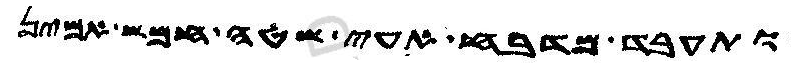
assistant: ותעבד מדבח עאי שטה חמש אמין